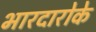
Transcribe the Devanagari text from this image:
भारदारोके